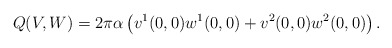
\begin{align*} Q(V, W) = 2 \pi \alpha \left( v^1(0,0) w^1(0,0) + v^2(0,0) w^2(0,0) \right).\end{align*}